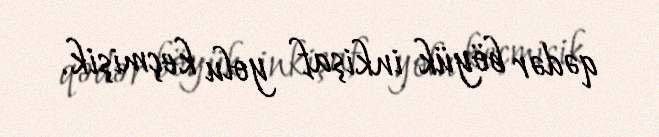
qədər böyük inkişaf yolu keçmişik.